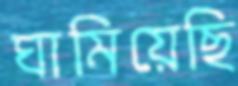
ঘামিয়েছি